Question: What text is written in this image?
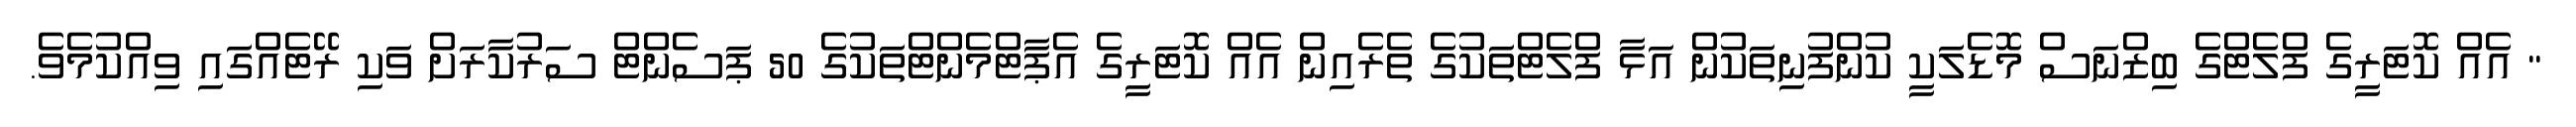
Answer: " އެއް ކޮޓަރީގެ ފްލެޓްގެ ބިޒްނަސް މޮޑެލަކީ ކުންފުނިތަކުން އަޅާ ފްލެޓްތަކުގެ ތެރެއިން އެއް ކޮޓަރީގެ އެޕާޓްމެންޓްތަކުގެ 50 ޕަސެންޓް ސަރުކާރަށް ވަކި ރޭޓެއްގައި ވިއްކުމެވެ.